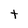
Character: t